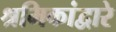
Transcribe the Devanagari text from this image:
श्रमिकांद्वारे